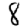
Digit: 8